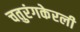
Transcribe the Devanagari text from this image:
चतुरंगकेरली